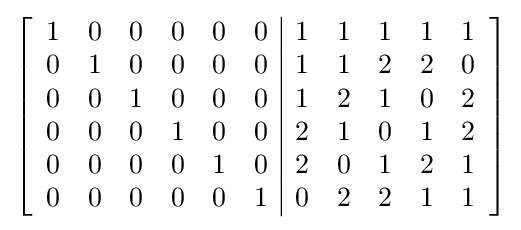
\left[{\begin{array}{cccccc|ccccc}1&0&0&0&0&0&1&1&1&1&1\\0&1&0&0&0&0&1&1&2&2&0\\0&0&1&0&0&0&1&2&1&0&2\\0&0&0&1&0&0&2&1&0&1&2\\0&0&0&0&1&0&2&0&1&2&1\\0&0&0&0&0&1&0&2&2&1&1\\\end{array}}\right]